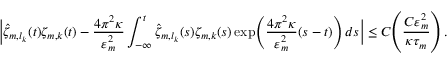
\biggl | \hat { \zeta } _ { m , l _ { k } } ( t ) \zeta _ { m , k } ( t ) - \frac { 4 \pi ^ { 2 } \kappa } { \varepsilon _ { m } ^ { 2 } } \int _ { - \infty } ^ { t } \hat { \zeta } _ { m , l _ { k } } ( s ) \zeta _ { m , k } ( s ) \exp \mathopen { } \mathclose \bgroup \left( \frac { 4 \pi ^ { 2 } \kappa } { \varepsilon _ { m } ^ { 2 } } ( s - t ) \aftergroup \egroup \right) \, d s \biggr | \leq C \mathopen { } \mathclose \bgroup \left( \frac { C \varepsilon _ { m } ^ { 2 } } { \kappa \tau _ { m } } \aftergroup \egroup \right) \, .